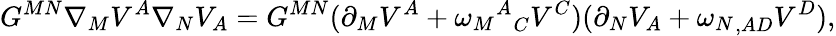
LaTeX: G^{MN}\nabla_{M}V^{A}\nabla_{N}V_{A}=G^{MN}(\partial_{M}V^{A}+{{\omega_{M}}^{A}}_{C}V^{C})(\partial_{N}V_{A}+{\omega_{N}}_{,AD}V^{D}),